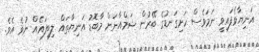
އަނިޔާވެފައިވީ ނަމަވެސް ހަށިގަނޑުގެ ބޭރުން ޝަމްއާނަށް މާބޮޑު އަނިޔާތައް ލިބިފައެއް ނުވެ އެވެ.